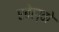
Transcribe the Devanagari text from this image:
एबेल्वो